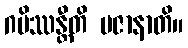
ဂမိဿန္တီတိ ပဇာနာတိ။